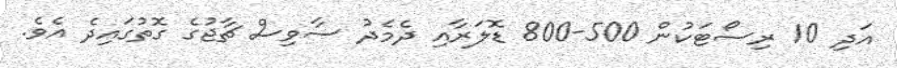
އަދި 10 ރިސޯޓަކުން 500-800 ޑޮލަރާއި ދެމެދު ސާވިސް ޗާޖުގެ ގޮތުގައިދެ އެވެ.